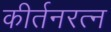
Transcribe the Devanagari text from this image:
कीर्तनरत्‍न